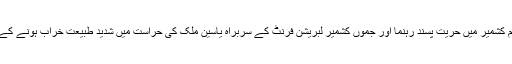
الوقت - ہندوستان کے زیر انتظام کشمیر میں حریت پسند رہنما اور جموں کشمیر لبریشن فرنٹ کے سربراہ یاسین ملک کی حراست میں شدید طبیعت خراب ہونے کے بعد آئی سی یو منتقل کردیا گیا۔